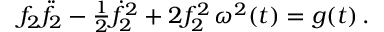
f _ { 2 } \ddot { f } _ { 2 } - { \textstyle \frac { 1 } { 2 } } \dot { f } _ { 2 } ^ { 2 } + 2 f _ { 2 } ^ { 2 } \, \omega ^ { 2 } ( t ) = g ( t ) \, .